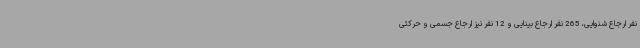
نفر ارجاع شنوایی، 265 نفر ارجاع بینایی و 12 نفر نیز ارجاع جسمی و حرکتی